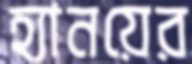
হ্যানয়ের